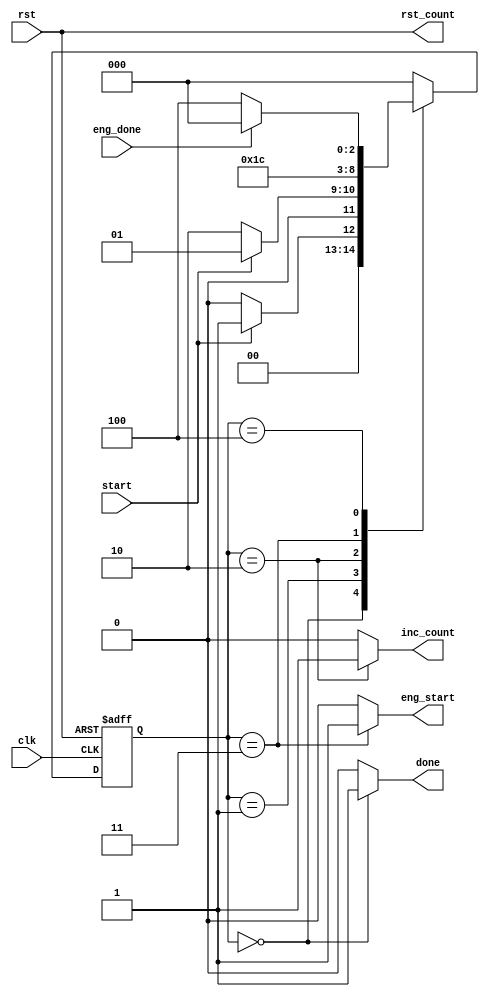
module wrapper(input clk,rst,start,eng_done ,output reg done, eng_start, inc_count, output rst_count);
	reg [2:0] ps, ns;
	always@(ps,eng_done,start)begin
		ns = 3'd0;
		case(ps)
			3'd0: begin ns = (start)? 3'd1 : 3'd0; end
			3'd1: begin ns = (start)? 3'd1 : 3'd2; end
			3'd2: begin ns = 3'd3; end
			3'd3: begin ns = 3'd4; end
			3'd4: begin ns = (eng_done)? 3'd0 : 3'd4; end
		endcase
	end
	
	always@(ps)begin
		{inc_count, eng_start, done} = 3'd000; 
		case(ps)
			3'd0:begin
				done = 1'b1;
			end
			3'd2:begin
				inc_count = 1'b1;
			end
			3'd3:begin
				eng_start = 1'b1;
			end
		endcase
	end


	always@(posedge clk,posedge rst)begin
		if(rst == 1'b1)
			ps <= 3'd0;
		else
			ps <= ns;
	end
	assign rst_count = rst;
endmodule